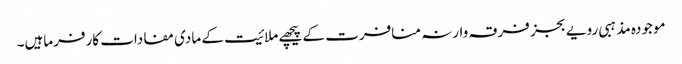
موجودہ مذہبی رویے بجز فرقہ وارنہ منافرت کے پیچھے ملائیت کے مادی مفادات کارفرماہیں۔